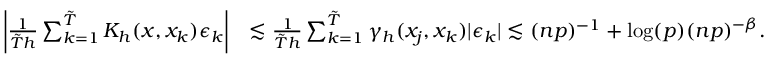
\begin{array} { r l } { \left| \frac { 1 } { \tilde { T } h } \sum _ { k = 1 } ^ { \tilde { T } } K _ { h } ( x , x _ { k } ) \epsilon _ { k } \right| } & { \lesssim \frac { 1 } { \tilde { T } h } \sum _ { k = 1 } ^ { \tilde { T } } \gamma _ { h } ( x _ { j } , x _ { k } ) | \epsilon _ { k } | \lesssim ( n p ) ^ { - 1 } + \log ( p ) ( n p ) ^ { - \beta } . } \end{array}